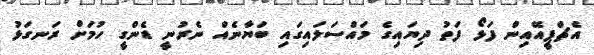
އެޗްޕީއޭއިން ފަޅޯ ފަތު ދިޔަައިގެ މައްސަލައިގައި ބަޔާނެއް ނެރުނީ ޑެންގީ ހުމަށް ރަނގަޅު